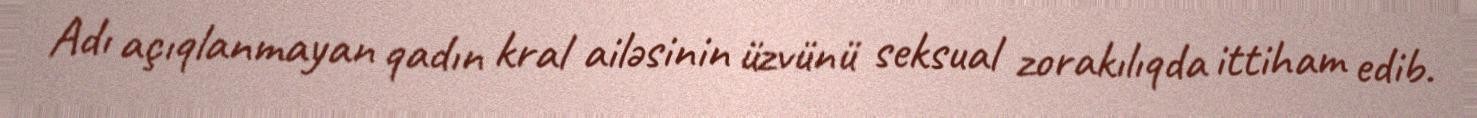
Adı açıqlanmayan qadın kral ailəsinin üzvünü seksual zorakılıqda ittiham edib.